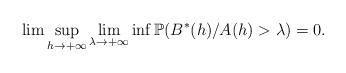
LaTeX: \begin{align*}\lim \sup_{h\rightarrow +\infty }\lim_{\lambda \rightarrow +\infty }\inf \mathbb{P}(B^{\ast }(h)/A(h)>\lambda )=0. \end{align*}